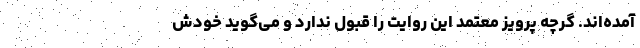
آمده‌اند. گرچه پرویز معتمد این روایت را قبول ندارد و می‌گوید خودش